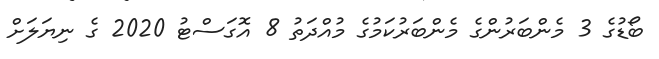
ބޯޑުގެ 3 މެންބަރުންގެ މެންބަރުކަމުގެ މުއްދަތު 8 އޮގަސްޓު 2020 ގެ ނިޔަލަށް